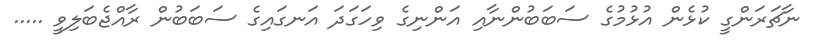
ނާޗަރަންގީ ކުޅެން އުޅުމުގެ ސަބަބުންނާއި އަންނިގެ ވިހަގަދަ އަނގައިގެ ސަބަބުން ރާއްޖެބަލިވީ .....